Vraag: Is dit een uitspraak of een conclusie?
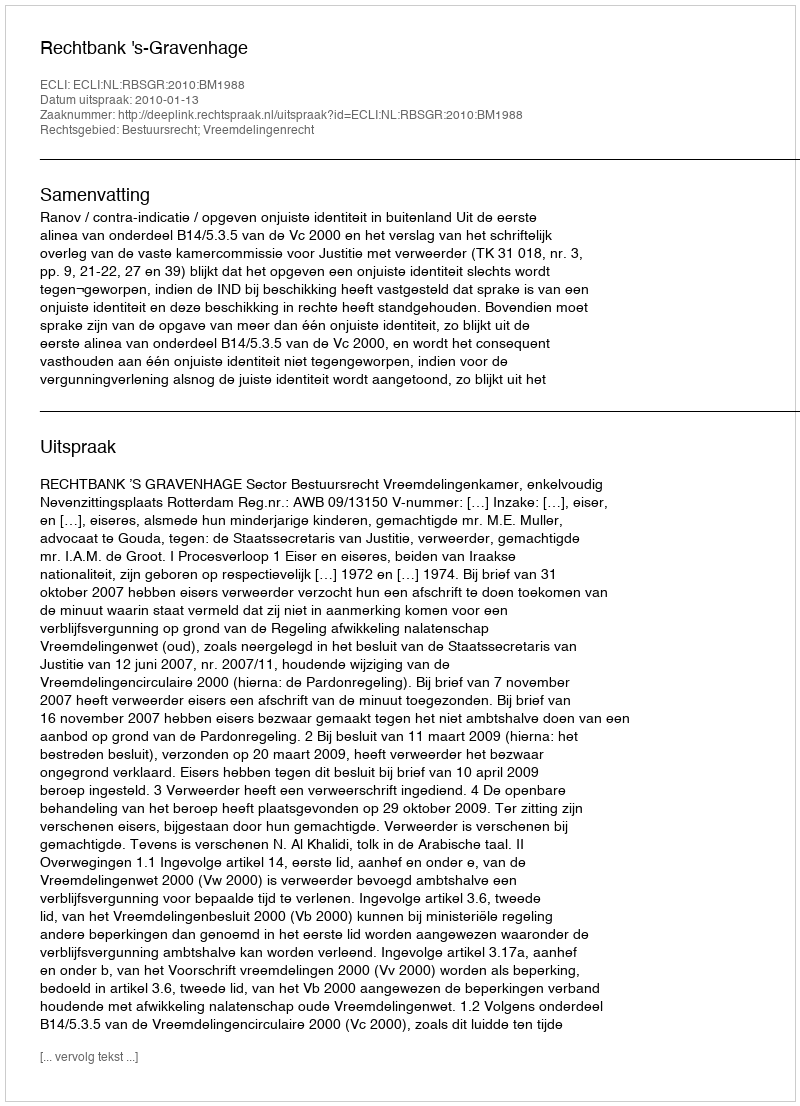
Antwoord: Uitspraak